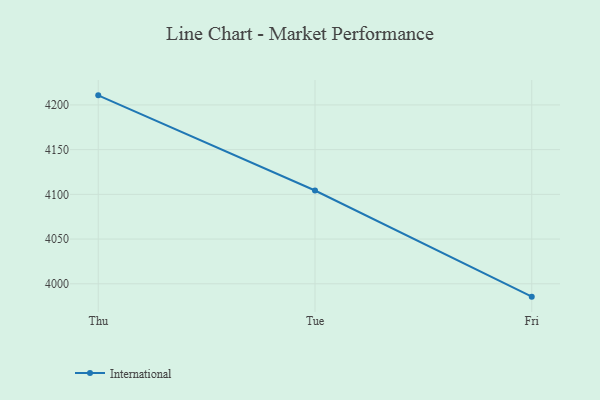
{"axis": {"x": "Day", "y": "Demand Index"}, "legend": ["International"], "data": [{"x": "Thu", "y": 4210.7, "type": "International"}, {"x": "Tue", "y": 4104.3, "type": "International"}, {"x": "Fri", "y": 3985.6, "type": "International"}]}